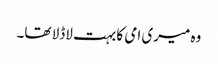
وہ میری امی کا بہت لاڈلا تھا۔